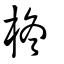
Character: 柊